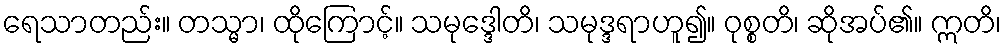
ရေသာတည်း။ တသ္မာ၊ ထိုကြောင့်။ သမုဒ္ဒေါတိ၊ သမုဒ္ဒရာဟူ၍။ ဝုစ္စတိ၊ ဆိုအပ်၏။ ဣတိ၊